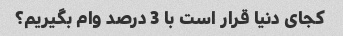
کجای دنیا قرار است با 3 درصد وام بگیریم؟